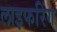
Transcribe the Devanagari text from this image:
लाइफरिंग